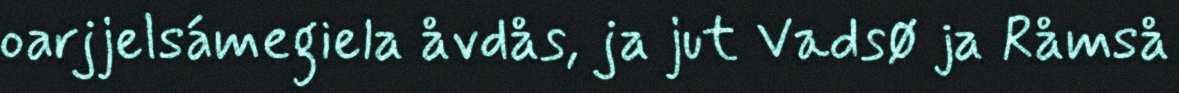
oarjjelsámegiela åvdås, ja jut Vadsø ja Råmså